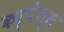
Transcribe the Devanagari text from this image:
कर्पेल्स